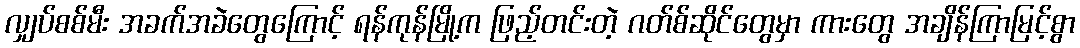
လျှပ်စစ်မီး အခက်အခဲတွေကြောင့် ရန်ကုန်မြို့က ဖြည့်တင်းတဲ့ ဂတ်စ်ဆိုင်တွေမှာ ကားတွေ အချိန်ကြာမြင့်စွာ